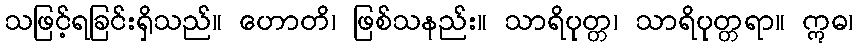
သဖြင့်ရခြင်းရှိသည်။ ဟောတိ၊ ဖြစ်သနည်း။ သာရိပုတ္တ၊ သာရိပုတ္တရာ။ ဣဓ၊